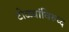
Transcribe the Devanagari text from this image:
टोळ्यांविरुध्द